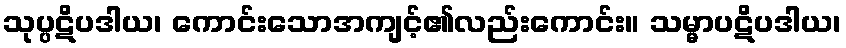
သုပ္ပဋိပဒါယ၊ ကောင်းသောအကျင့်၏လည်းကောင်း။ သမ္မာပဋိပဒါယ၊